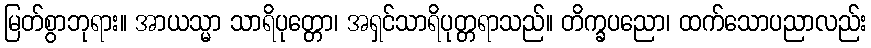
မြတ်စွာဘုရား။ အာယသ္မာ သာရိပုတ္တော၊ အရှင်သာရိပုတ္တရာသည်။ တိက္ခပညော၊ ထက်သောပညာလည်း